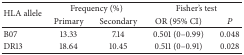
| <ROWSPAN=2> HLA allele | <COLSPAN=2> Frequency (%) | <COLSPAN=2> Fisher's test |
 | Primary | Secondary | OR (95% CI) | P |
 | --- | --- | --- | --- | --- |
 | B07 | 13.33 | 7.14 | 0.501 (0–0.99) | 0.048 |
 | DR13 | 18.64 | 10.45 | 0.511 (0–0.91) | 0.028 |